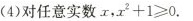
(4)对任意实数 x,$$x ^ { 2 } + 1 ≥ 0$$.